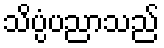
သိပ္ပံပညာသည်